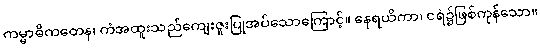
ကမ္မာဓိကတေန၊ ကံအထူးသည်ကျေးဇူးပြုအပ်သောကြောင့်။ နေရယိကာ၊ ငရဲ၌ဖြစ်ကုန်သော။